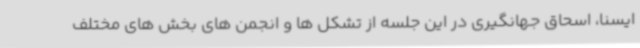
ایسنا، اسحاق جهانگیری در این جلسه از تشکل ها و انجمن های بخش های مختلف